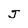
Character: J